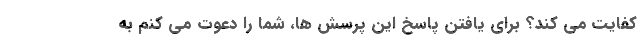
کفایت می کند؟ برای یافتن پاسخ این پرسش ها، شما را دعوت می کنم به